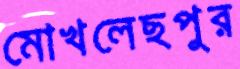
মোখলেছপুর